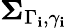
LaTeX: \boldsymbol{\Sigma}_{\Gamma_{\mathbf{i}},\gamma_{\mathbf{i}}}